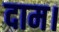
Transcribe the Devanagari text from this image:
दाम।